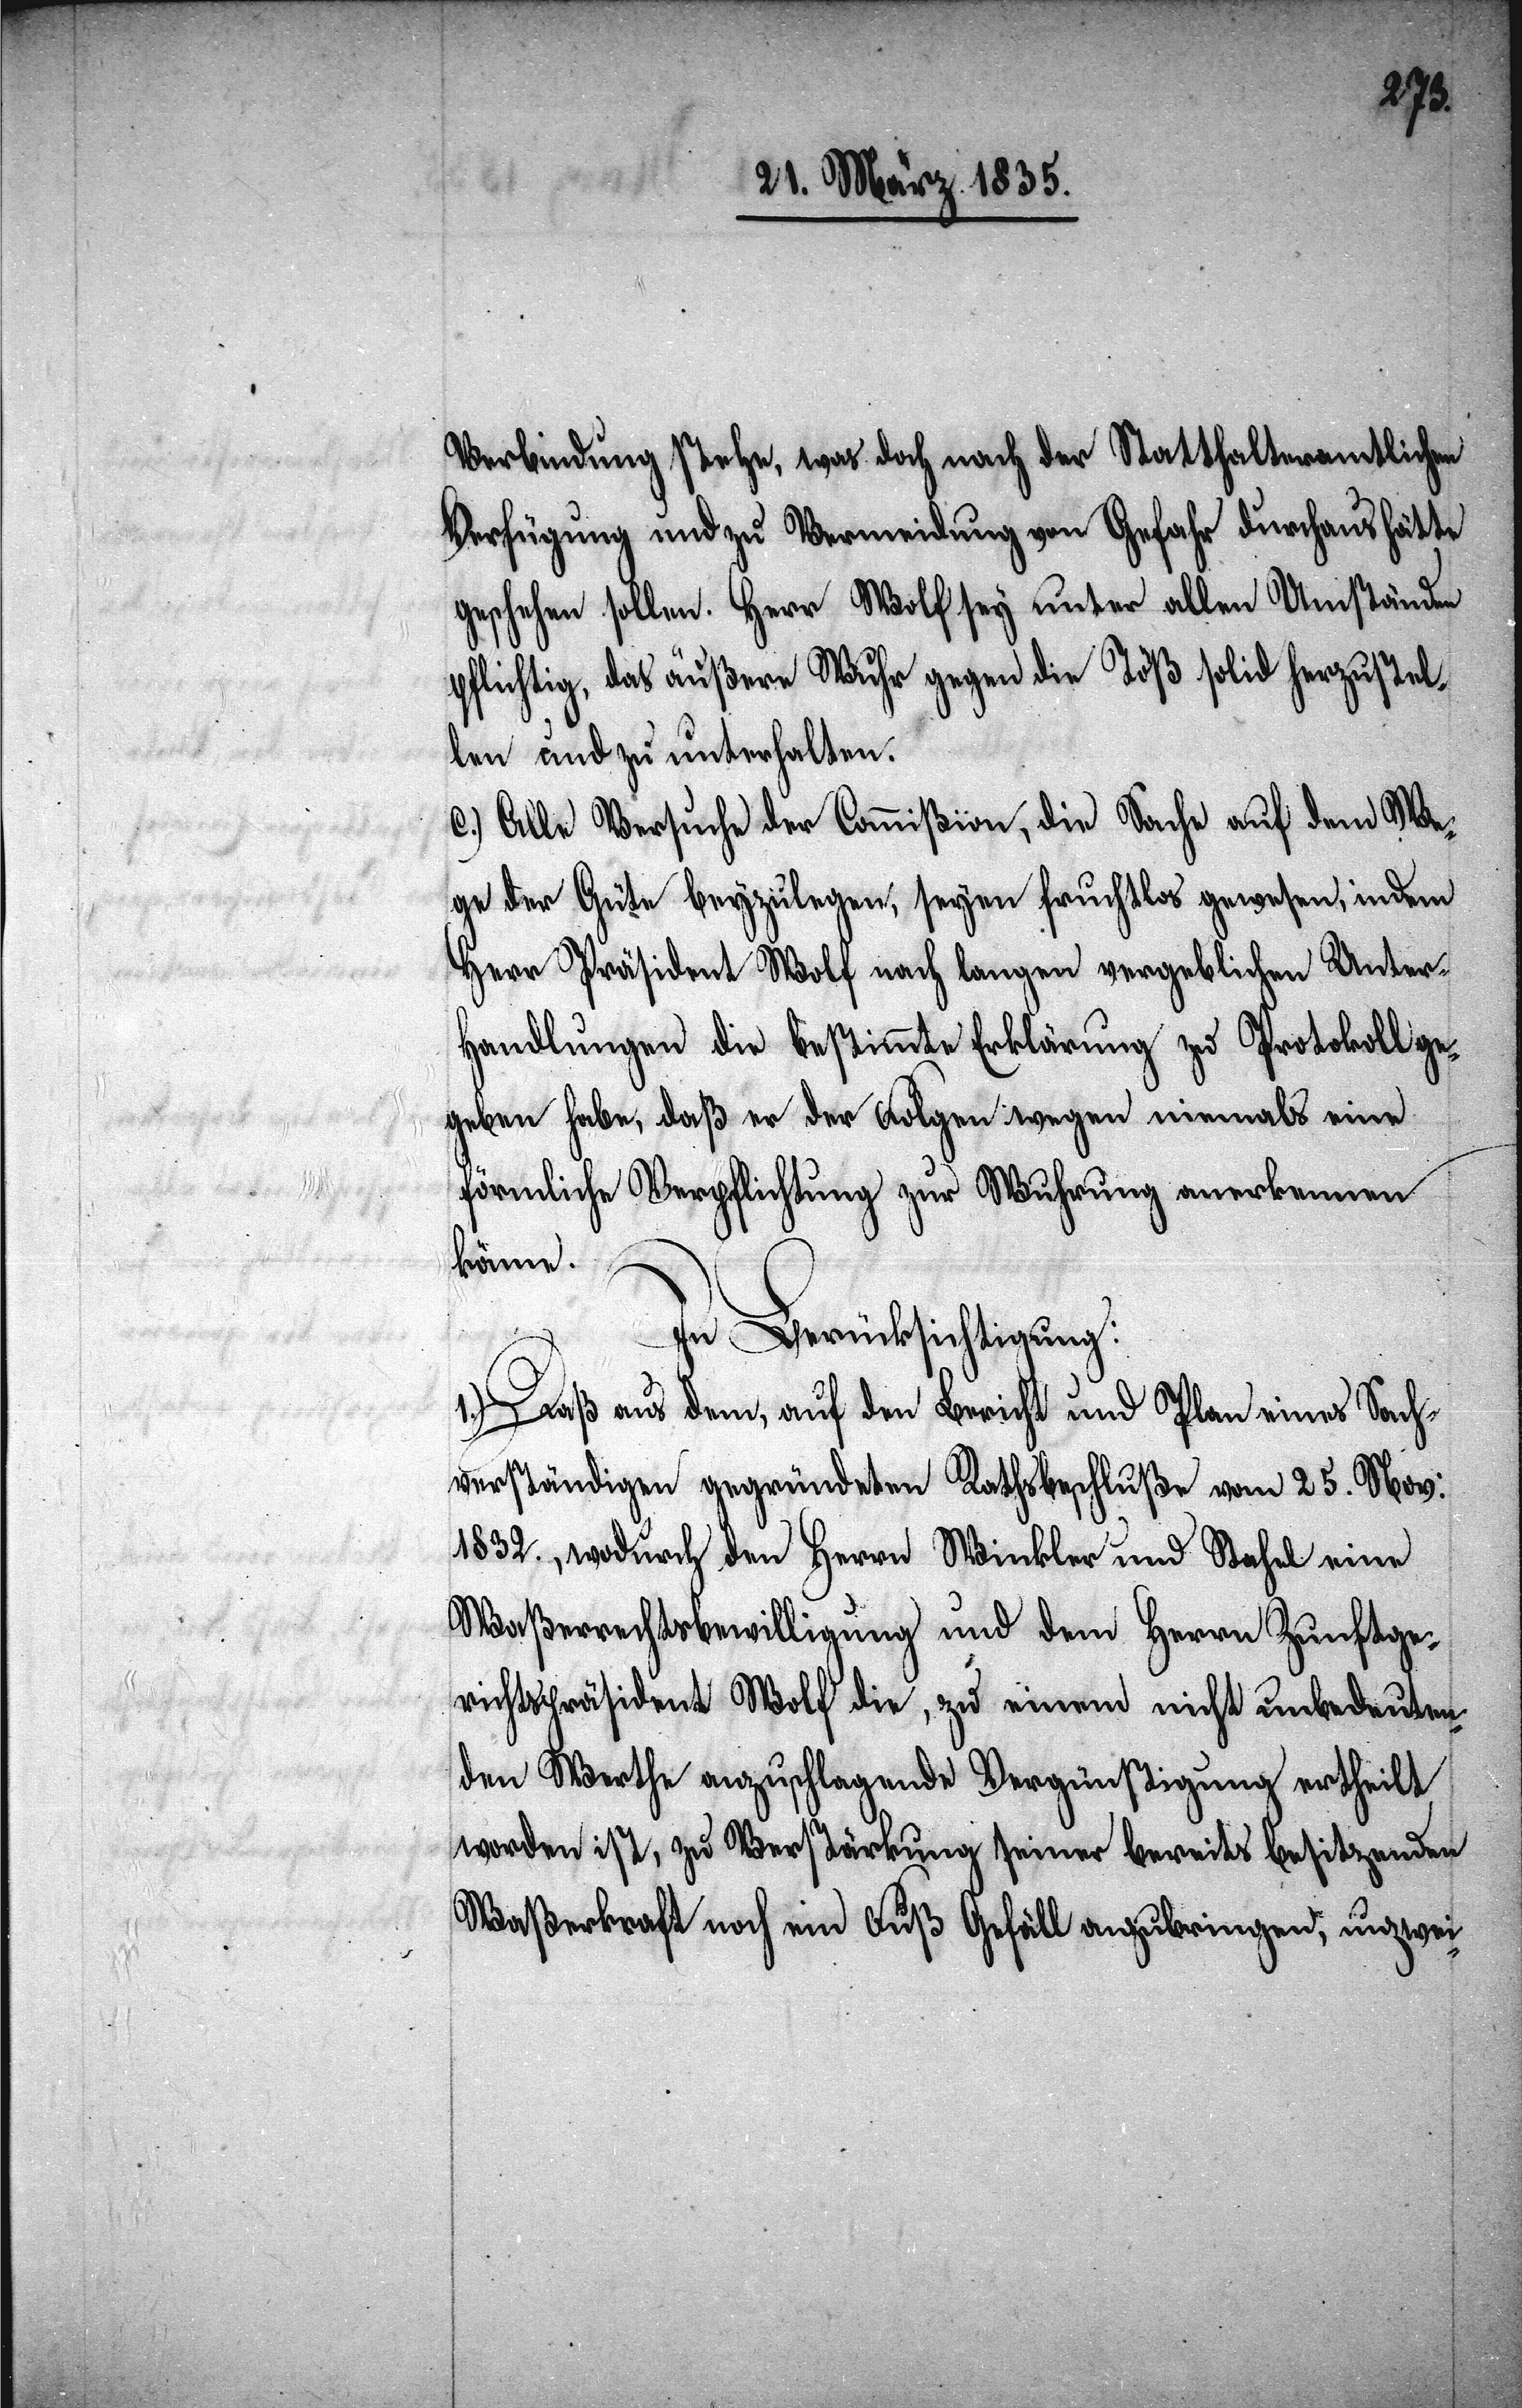
Verbindung stehe, was doch nach der Statthalteramtlichen
Verfügung und zu Verminderung von Gefahr durchaus hätte
geschehen sollen. Herr Wolf sey unter allen Umständen
pflichtig, das äußere Wuhr gegen die Töß solid herzustel¬
len und zu unterhalten.
c.) Alle Versuche der Commißion, die Sache auf dem We¬
ge der Güte beyzulegen, seyen fruchtlos gewesen, indem
Herr Präsident Wolf nach langen vergeblichen Unter¬
handlungen die bestimmte Erklärung zu Protokoll ge¬
geben habe, daß er der Folgen wegen niemals eine
förmliche Verpflichtung zur Wuhrung anerkennen
könne.
In Berücksichtigung:
1.) Daß aus dem, auf den Bericht und Plan eines Sach¬
verständigen gegründeten Rathsbeschluße vom 25. Nov:
1832., wodurch den Herrn Winkler und Stahel eine
Waßerrechtsbewilligung und dem Herrn Zunftge¬
richtspräsident Wolf die, zu einem nicht unbedeuten¬
den Werthe anzuschlagende Vergünstigung ertheilt
worden ist, zu Verstärkung seiner bereits besitzenden
Waßerkraft noch ein Fuß Gefäll anzubringen, unzwei-